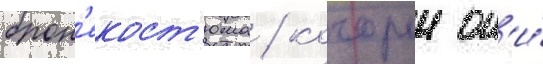
брон'екост'юма / которыи он'и́